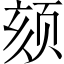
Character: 颏